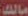
مالك